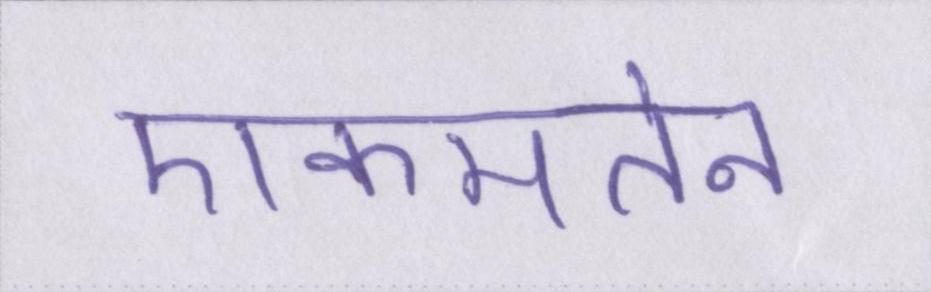
एकमतेन